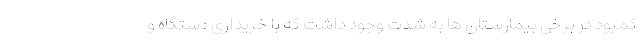
کمبود در برخی بیمارستان ها به شدت وجود داشت که با خریداری دستگاه و